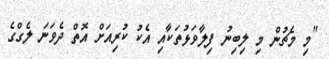
"މި މެޗުން މި ލިބިނު ފިލާވަޅުތަކާއި އެކު ކުރިއަށް އޮތް ދެވަނަ ލެގްގެ